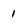
Character: 1